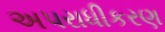
અપરાધીકરણ